system: You are a helpful assistant.
user:
Analyze the provided spectrum to determine if it is a **S-type Star**.

- **Key Indicators for S-type Star:**

    - **(Overall Spectrum Shape):** The first and most obvious characteristic is the overall continuum (the "baseline" shape). It is **extremely "red-sloping,"** meaning the flux (light intensity) is very low on the left side (blue, ~4000-4500 Å) and rises steeply and continuously toward the right side (red, ~7000 Å+).

    - **(Primary):** The spectrum is defined by the presence of strong, broad molecular absorption "valleys" (bands) from **Zirconium Oxide (ZrO)**. The identification of these bands is the **primary requirement** for classifying a star as S-type.
        - **(Key Bandheads):** You must find distinct, deep "dips" where the light has been absorbed. The most critical band systems to locate are:
            - **~6474 Å** ($\gamma$-system): This is often the strongest and clearest ZrO feature, found in the red part of the spectrum.
            - **~5718 Å** & **~5551 Å** ($\beta$-system): A pair of prominent absorption features in the yellow-orange part of the spectrum.
            - **~4640 Å** ($\alpha$-system): A key absorption band system in the blue-green region of the spectrum.

    - **(Secondary Confirmation):** The classification is strengthened by finding additional absorption bands from other related heavy element oxides, which are expected to be present alongside ZrO.
        - **(Key Bandheads):**
            - **Yttrium Oxide (YO):** Look for absorption dips near **~4800 Å** and **~6100 Å**.
            - **Lanthanum Oxide (LaO):** Additional absorption features, particularly in the red-orange part of the spectrum, are also characteristic.

    - **(Line Profile):** The combination of the steep red continuum and these numerous, deep molecular bands (ZrO, YO, etc.) gives the entire spectrum a very **"chopped-up"** or **"bumpy"** appearance. Instead of a smooth curve, the spectrum looks as though large, wide chunks of light have been "carved out" of it at the specific wavelengths listed above.

Think first, call **spectral_visualization_tool** if needed to examine features in detail, then provide your final answer. Your response must adhere to the following strict rules:
1.  **Overall Structure:** Your response must follow the format `<think>...</think> <tool_call>...</tool_call> (if a tool is used) <answer>...</answer>`.
2.  **Tool Usage Constraint:** You may only make **one** tool call per turn.
3.  **Final Answer Format:** In the `<answer>` tag, your conclusion must be inside a `\boxed{}` command (e.g., `\boxed{YES}` or `\boxed{NO}`), followed by your justification.

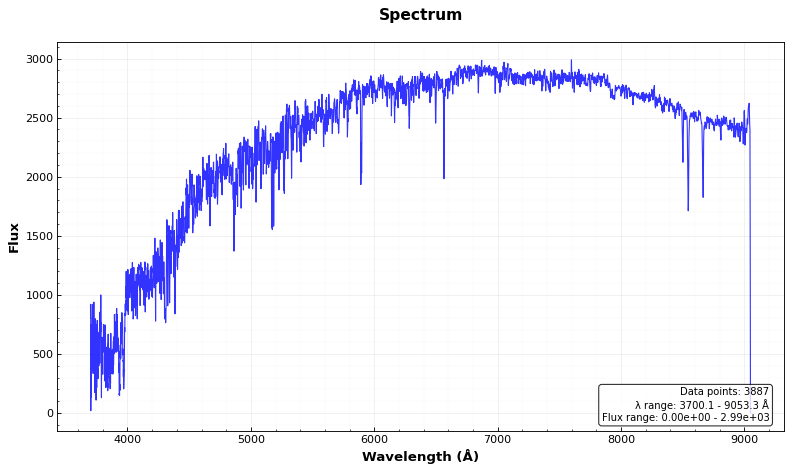
Answer: NO